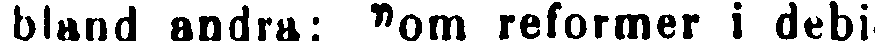
bland andra: "om reformer i debi-